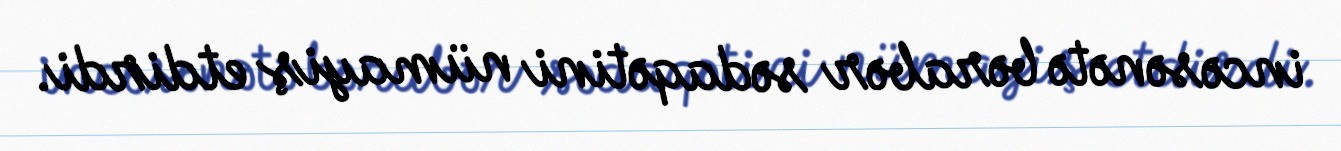
incəsənətə bərabər sədaqətini nümayiş etdirdi.